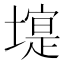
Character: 𱗿